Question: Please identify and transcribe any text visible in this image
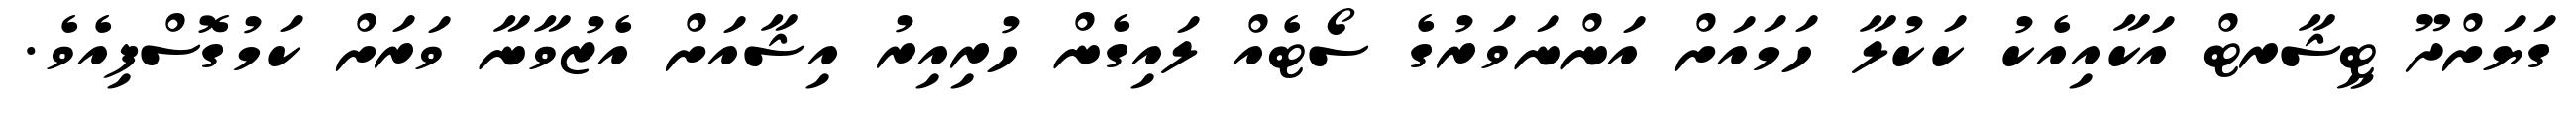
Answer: ގަޔަށްދޫ ޓީޝާރޓް އަކާއިއެކު ކަކުލާ ހަމައަށް އަންނަވަރުގެ ސޯޓެއް ލައިގެން ހުރިއިރު އިޝާއަށް އެޒުވާނާ ވަރަށް ކަމުގޮސްފިއެވެ.